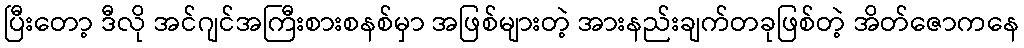
ပြီးတော့ ဒီလို အင်ဂျင်အကြီးစားစနစ်မှာ အဖြစ်များတဲ့ အားနည်းချက်တခုဖြစ်တဲ့ အိတ်ဇောကနေ